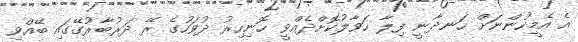
އެ އެމީހުންނަަށް ހަނދާނީ ފިލާ ހަވާލުކޮށްދެއްވީ ހޮނިހިރު ދުވަހުގެ ރޭ ދަރުބާރުގޭގައި ބޭއްވި